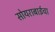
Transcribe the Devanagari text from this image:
सोयराबाईचा